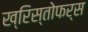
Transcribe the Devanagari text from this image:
ख्रिस्तोफर्स